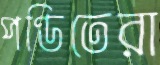
পণ্ডিতেরা